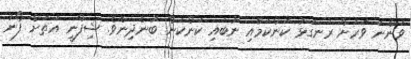
ވަންނަ ވަރަށް ރަނގަޅު ކަންކަމާއި ނުބައި ކަންކަން ބުނެދިނެވެ. ޝިފްނީ އަތަށް ފޯނު